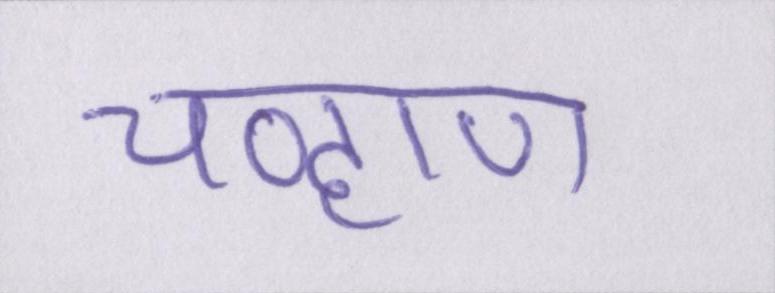
चव्हाण